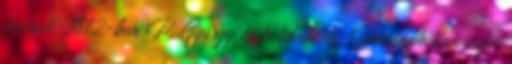
fiainak, 1612-ben P. György és testvérének: Jánosnak fiai részei